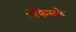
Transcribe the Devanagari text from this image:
श्वेफेलके